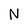
Character: N